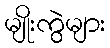
မျိုးကွဲများ